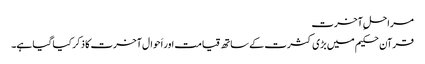
مراحلِ آخرت
قرآن حکیم میں بڑی کثرت کے ساتھ قیامت اور اَحوال آخرت کا ذکر کیا گیا ہے۔